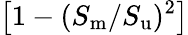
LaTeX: \left[1-(S_{\mathrm{m}}/S_{\mathrm{u}})^{2}\right]